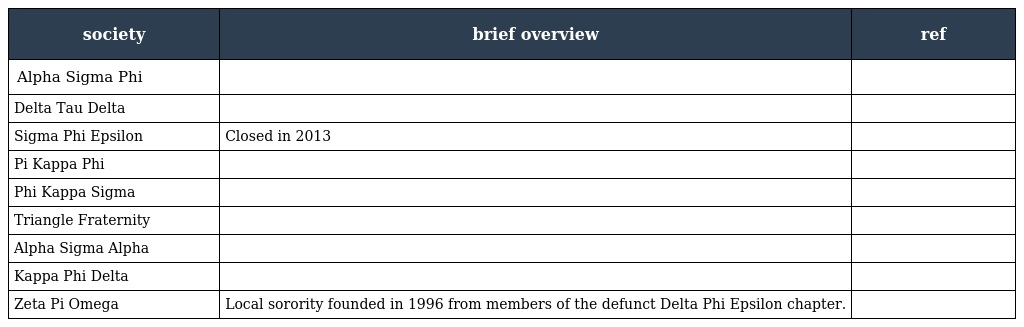
| society | brief overview | ref |
 | --- | --- | --- |
 | Alpha Sigma Phi |  |  |
 | Delta Tau Delta |  |  |
 | Sigma Phi Epsilon | Closed in 2013 |  |
 | Pi Kappa Phi |  |  |
 | Phi Kappa Sigma |  |  |
 | Triangle Fraternity |  |  |
 | Alpha Sigma Alpha |  |  |
 | Kappa Phi Delta |  |  |
 | Zeta Pi Omega | Local sorority founded in 1996 from members of the defunct Delta Phi Epsilon chapter. |  |